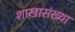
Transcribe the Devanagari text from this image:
शाखासंख्या